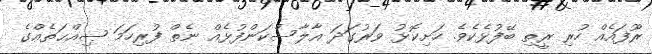
ރޫފައެއް ހުރި ރީތި ބޭފުޅެކެވެ. ހަށިކޮޅު ވަރުގަދަ އާލާސްކަންފުޅެއް ނެތް ފުރިހަމަ ޞިއްޙަތެއްގެ